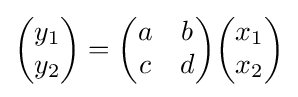
{\begin{pmatrix}y_{1}\\y_{2}\end{pmatrix}}={\begin{pmatrix}a&b\\c&d\end{pmatrix}}{\begin{pmatrix}x_{1}\\x_{2}\end{pmatrix}}